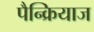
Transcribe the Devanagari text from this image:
पैन्क्रियाज